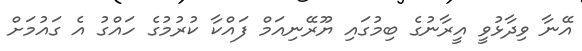
އޭނާ ވިދާޅުވީ އީރާނުގެ ބިމުގައި ޔޫރޭނިއަމް ފައްކާ ކުރުމުގެ ހައްގު އެ ގައުމަށް